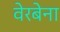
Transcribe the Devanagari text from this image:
वेरबेना